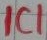
Text: IC1